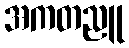
အကတညူ